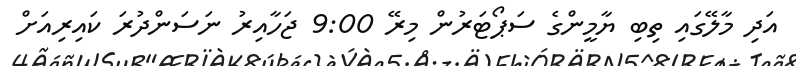
އަދި މާލޭގައި ތިބި ޔާމީންގެ ސަޕޯޓަރުން މިރޭ 9:00 ޖަހާއިރު ނަސަންދުރަ ކައިރިއަށް